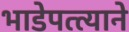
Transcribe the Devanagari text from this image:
भाडेपत्त्याने